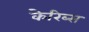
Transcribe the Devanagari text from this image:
केरिब्स